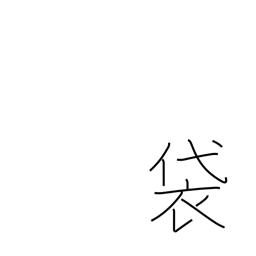
Meaning: pouch